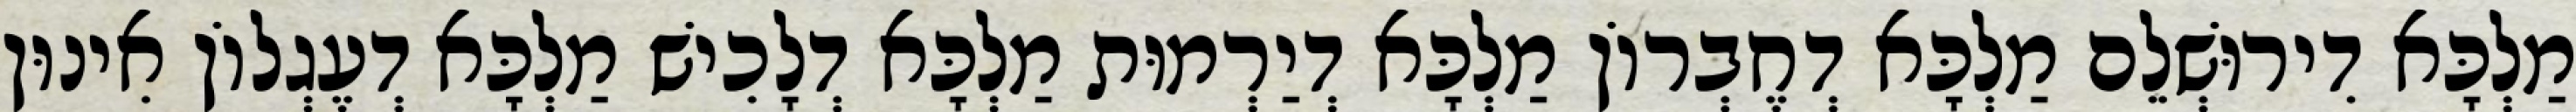
מַלְכָּא דִירוּשְׁלֵם מַלְכָּא דְחֶבְרוֹן מַלְכָּא דְיַרְמוּת מַלְכָּא דְלָכִישׁ מַלְכָּא דְעֶגְלוֹן אִינוּן